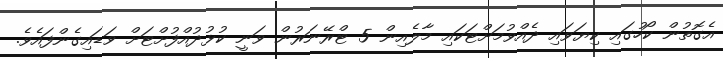
އެގޮތުން ކޯހުގައި ކިޔަވައި ދެއްވުމަށްޓަކައި މާލެއިން 5 ޓްރޭނަރުން ވަނީ ކުޅުދުއްފުށްޓަށް ވަޑައިގެންފައެވެ.